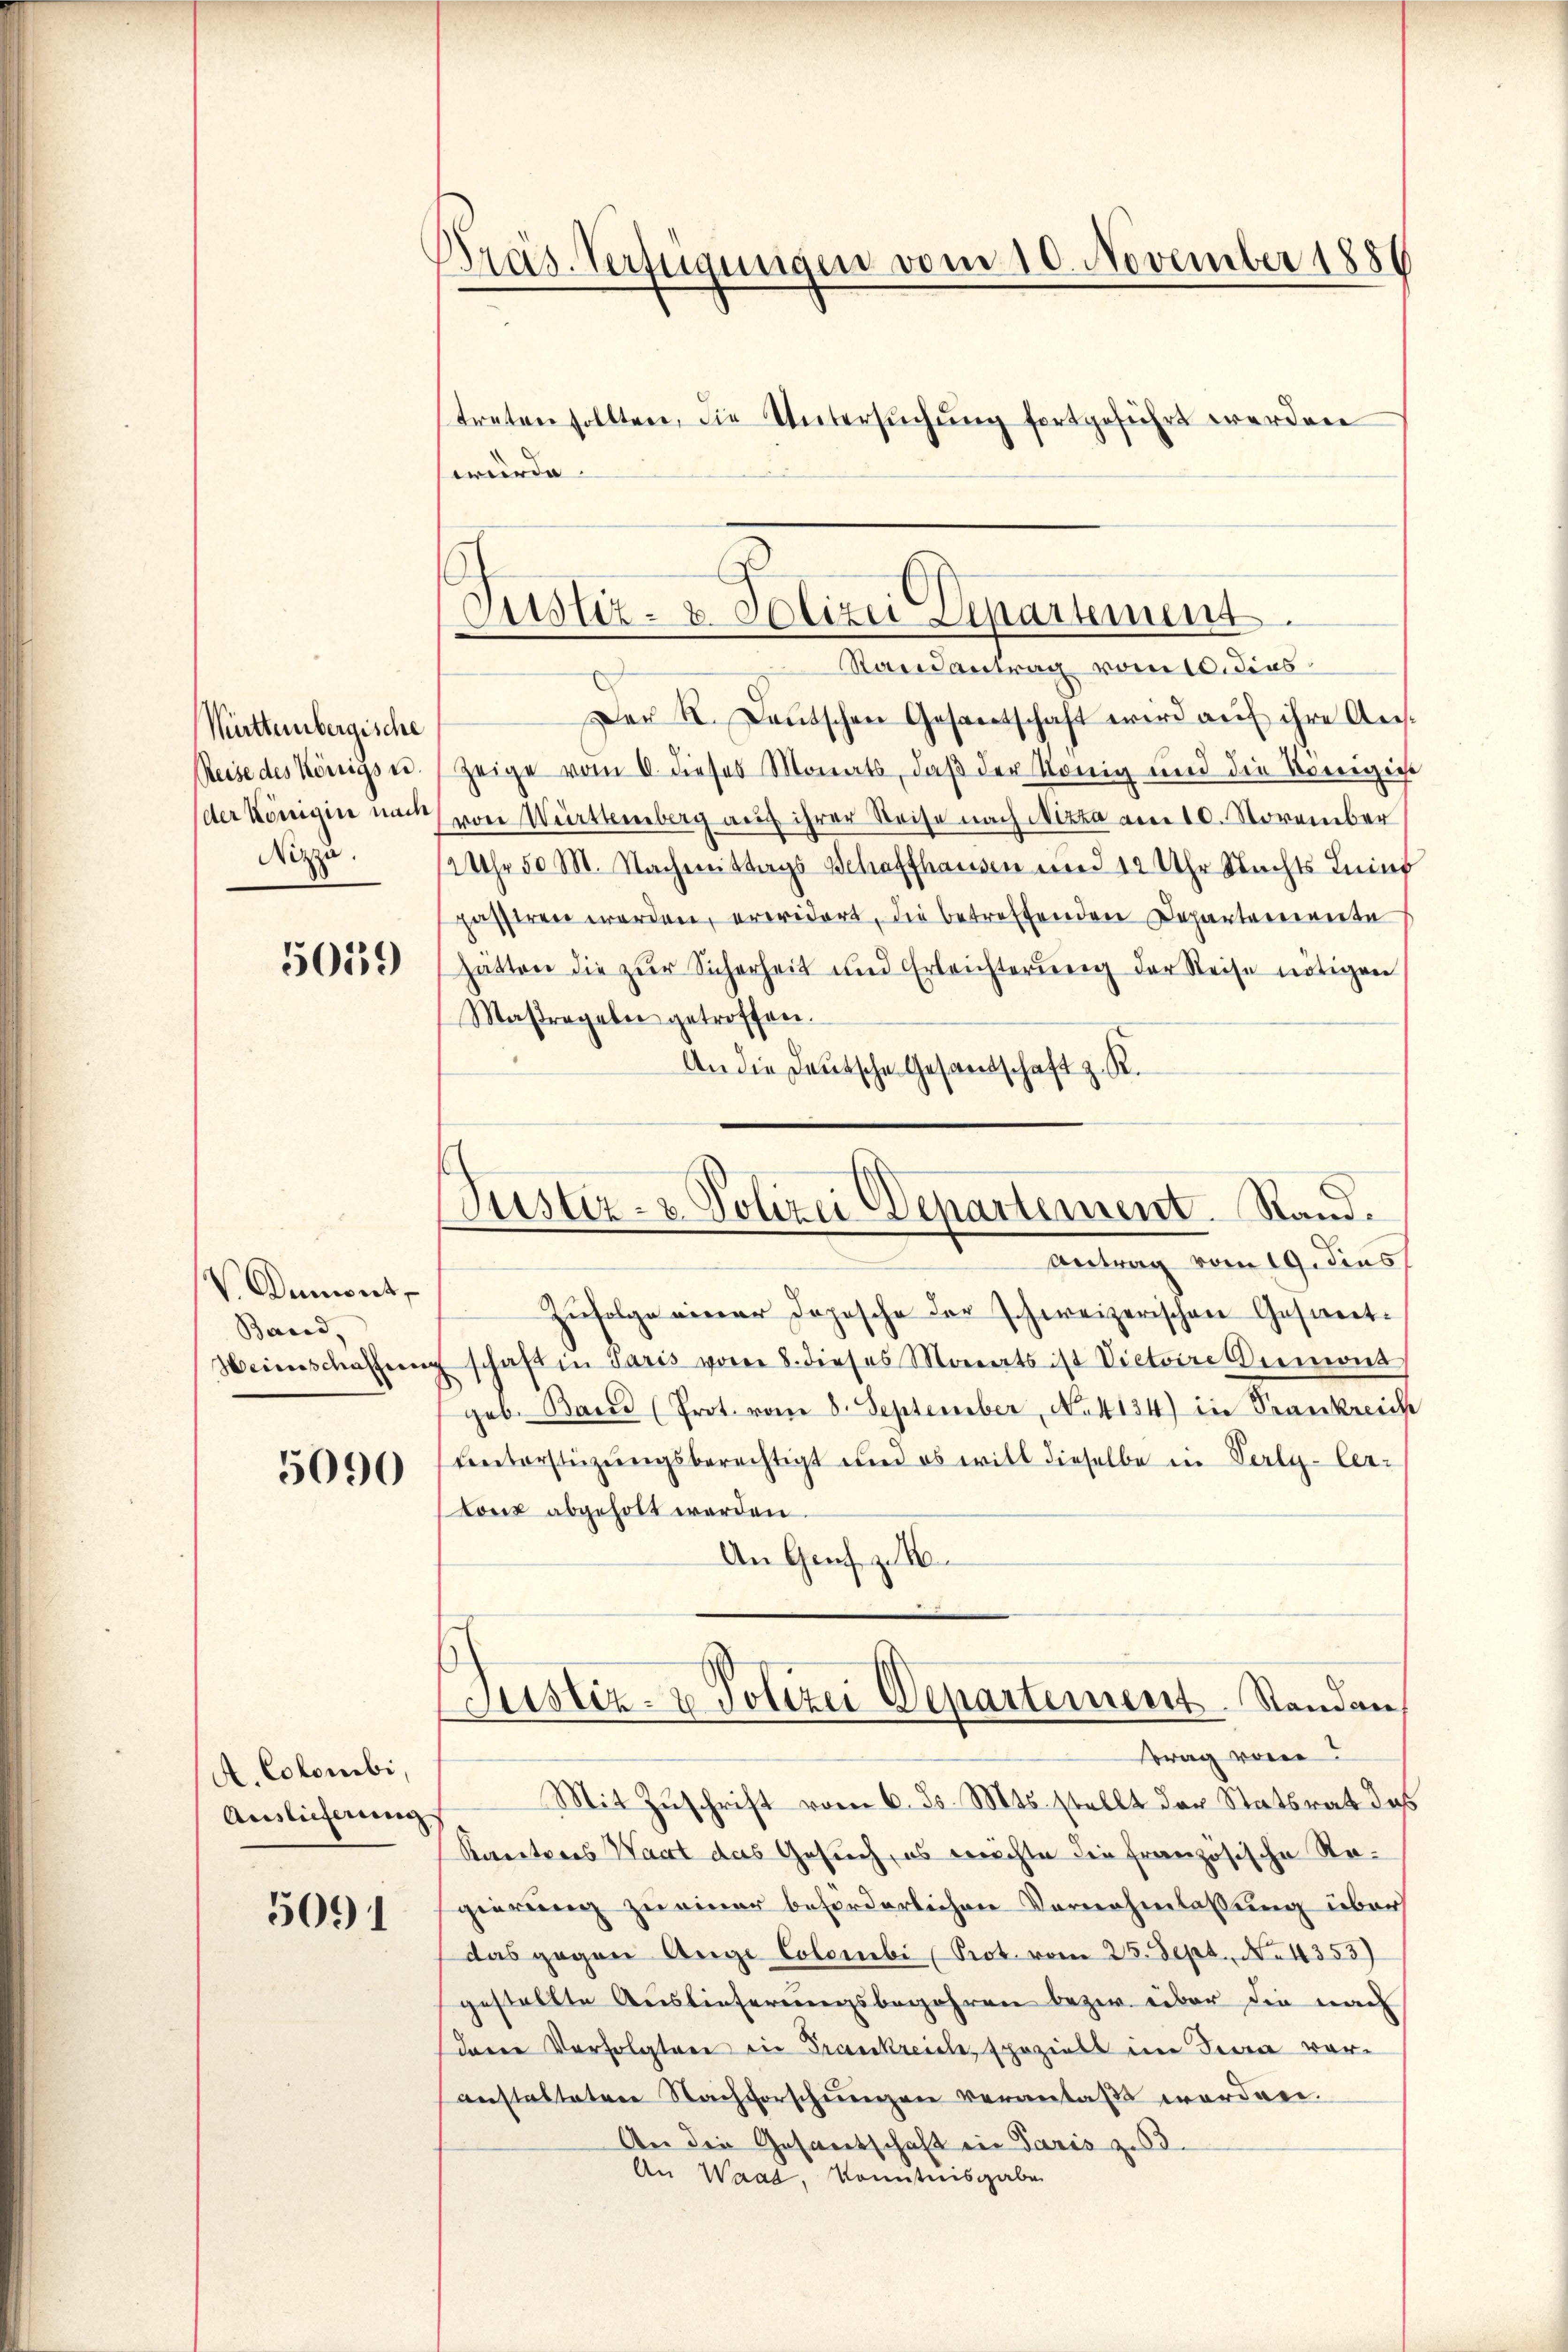
Mürttembergische
Reise des Königste.
der Königin nach
Nizza.

5059

V. Demont,
Band,
einschaften

5090

A. Colombi,
Auslieferung

5091

f
Präs. Verfügungen vom 10. November 1880
treten sollten, die Untersuchung fortgeführt werden
würde.

Sitstiz- u. Polizei Separtement

Justiz- & Polizei Departement. Stand.

Randantrag vom 10. dies
Der II. Deutschen Gesantschaft wird aŭf ihre Aus¬
Zeige vom 6. dieses Monats, daβ der König und die Königie
von Württenberg auf ihrer Reise nach Nizza am 10. November
12 Uhr 50 M. Nachmittags Schaffhausen und 12 Uhr Rechts Lein
passiren werden, erwidert, die betreffenden Departoriente
hätten die zur Sicherheit und Erleichterŭng der Reise nötigen
Maßregeln getroffen.
An die Deutsche Gesandschaft z. R.
Antrag vom 19. dies
Zufolge einer Dopische der schweizerischen Gesinnt.
Eschaft in Paris vom 8. dieses Monats ist Victoire Dumont
geb. Band (Prot. vom 8. September, No. 4134) in Krankreicht
Lnterstüzungsberechtigt und es will dieselbe in Verly-ler-
Lonk abgeholt werden.
An Genf zu 10.
Justiz- & Polizei Departement. Standan
trag von
Mit Zuschrift vom 6. ds. Mts. stellt der Statsrat des
Karetaris Wart das Gesuch, es machte die französische Regierung zu einer beförderlichen Vernehmlassung über
das gegen Ange Colombi (Prot. vom 25. Sept. No. 4353)
gestellte Auslieferungsbegehren bezw. über die nach
deren Verfolgter die Frankreich, spezielt im Jena voranstalteten Nachforschungen veranlaßt worden.
An die Gesandschaft in Paris zu
An Waad, konntnisgaben